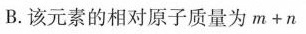
B.该元素的相对原子质量为$$m + n$$